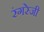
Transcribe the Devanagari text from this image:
रंगरेजी